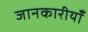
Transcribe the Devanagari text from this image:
जानकारीयाँ